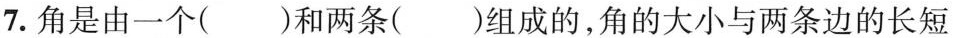
7.角是由一个()和两条()组成的，角的大小与两条边的长短